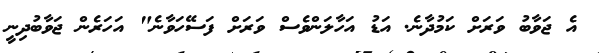
އެ ޖަވާބު ވަރަށް ކަމުދާނެ. އަޑު އަހާލަންވެސް ވަރަށް ފަސޭހަވާނެ" އަހަރެން ޖަވާބުދިނީ